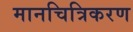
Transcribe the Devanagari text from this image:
मानचित्रिकरण